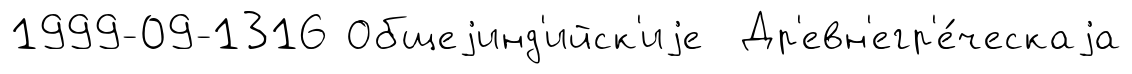
1999-09-1316 Общеjинд'ийск'иjе Др'евн'егр'е́ческаjа